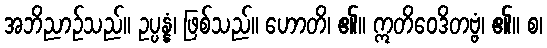
အဘိညာဉ်သည်။ ဥပ္ပန္နံ၊ ဖြစ်သည်။ ဟောတိ၊ ၏။ ဣတိဝေဒိတဗ္ဗံ၊ ၏။ စ၊